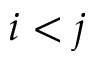
i < j